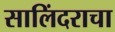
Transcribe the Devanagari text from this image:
सालिंदराचा